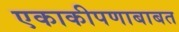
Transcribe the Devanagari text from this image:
एकाकीपणाबाबत